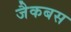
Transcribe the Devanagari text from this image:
जैकबस